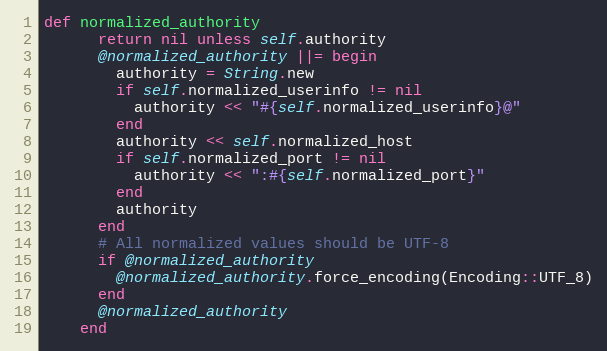
Language: Ruby
def normalized_authority
      return nil unless self.authority
      @normalized_authority ||= begin
        authority = String.new
        if self.normalized_userinfo != nil
          authority << "#{self.normalized_userinfo}@"
        end
        authority << self.normalized_host
        if self.normalized_port != nil
          authority << ":#{self.normalized_port}"
        end
        authority
      end
      # All normalized values should be UTF-8
      if @normalized_authority
        @normalized_authority.force_encoding(Encoding::UTF_8)
      end
      @normalized_authority
    end